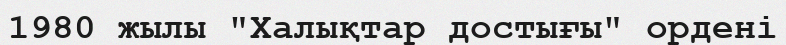
1980 жылы "Халықтар достығы" ордені